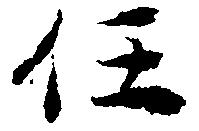
任